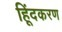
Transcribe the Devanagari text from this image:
हिूंदकरण